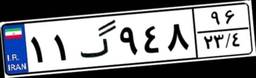
۱۱گ۹۴۸۹۶